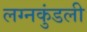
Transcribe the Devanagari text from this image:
लग्नकुंडली